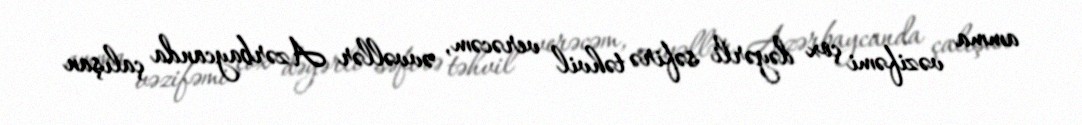
amma vəzifəmi çox dəyərli səfirə təhvil verəcəm, əvvəllər Azərbaycanda çalışan